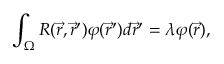
\int _ { { \Omega } } R ( \vec { r } , \vec { r } ^ { \prime } ) \varphi ( \vec { r } ^ { \prime } ) d \vec { r } ^ { \prime } = \lambda \varphi ( \vec { r } ) ,